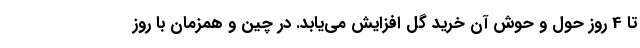
تا 4 روز حول و حوش آن خرید گل افزایش می‌یابد. در چین و همزمان با روز